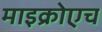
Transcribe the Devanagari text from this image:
माइक्रोएच